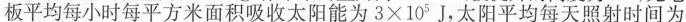
板平均每小时每平方米面积吸收太阳能为$$3 × 1 0 ^ { 5 } J$$，太阳平均每天照射时间为